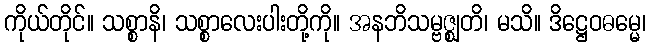
ကိုယ်တိုင်။ သစ္စာနိ၊ သစ္စာလေးပါးတို့ကို။ အနဘိသမ္ဗဇ္ဈတိ၊ မသိ။ ဒိဋ္ဌေဝဓမ္မေ၊